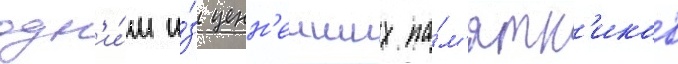
одн'и́м и́з ценн'еиших па́м'ятн'иков